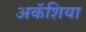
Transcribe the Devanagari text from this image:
अकॅशिया